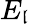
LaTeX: E_{\mathfrak{l}}